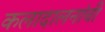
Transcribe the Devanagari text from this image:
कलादालनांची